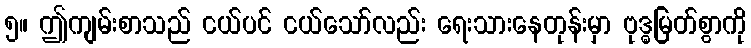
၅။ ဤကျမ်းစာသည် ငယ်ပင် ငယ်သော်လည်း ရေးသားနေတုန်းမှာ ဗုဒ္ဓမြတ်စွာကို